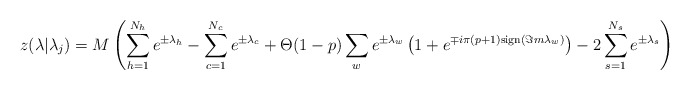
\begin{align*}z(\lambda |\lambda _{j})=M\left( \sum ^{N_{h}}_{h=1}e^{\pm \lambda _{h}}-\sum _{c=1}^{N_{c}}e^{\pm \lambda _{c}}+\Theta (1-p)\sum _{w}e^{\pm \lambda _{w}}\left( 1+e^{\mp i\pi (p+1)\mathrm{sign}(\Im m\lambda _{w})}\right) -2\sum ^{N_{s}}_{s=1}e^{\pm \lambda _{s}}\right)\end{align*}